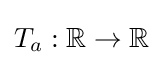
T_{a}:\mathbb {R} \to \mathbb {R}